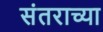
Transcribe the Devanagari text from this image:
संतराच्या